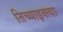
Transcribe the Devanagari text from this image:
तिच्याइक्त्या